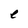
Character: e